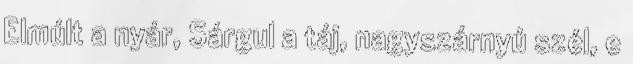
Elmúlt a nyár, Sárgul a táj, nagyszárnyú szél, e